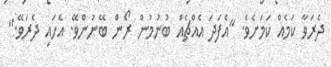
ދެރަވާ ކަމެއް ކަމަށެވެ. "އެފަދަ އެއްޗެއް ބުނުމުން ރޯން ބޭނުންވޭ. އެހައި ދެރަވޭ."